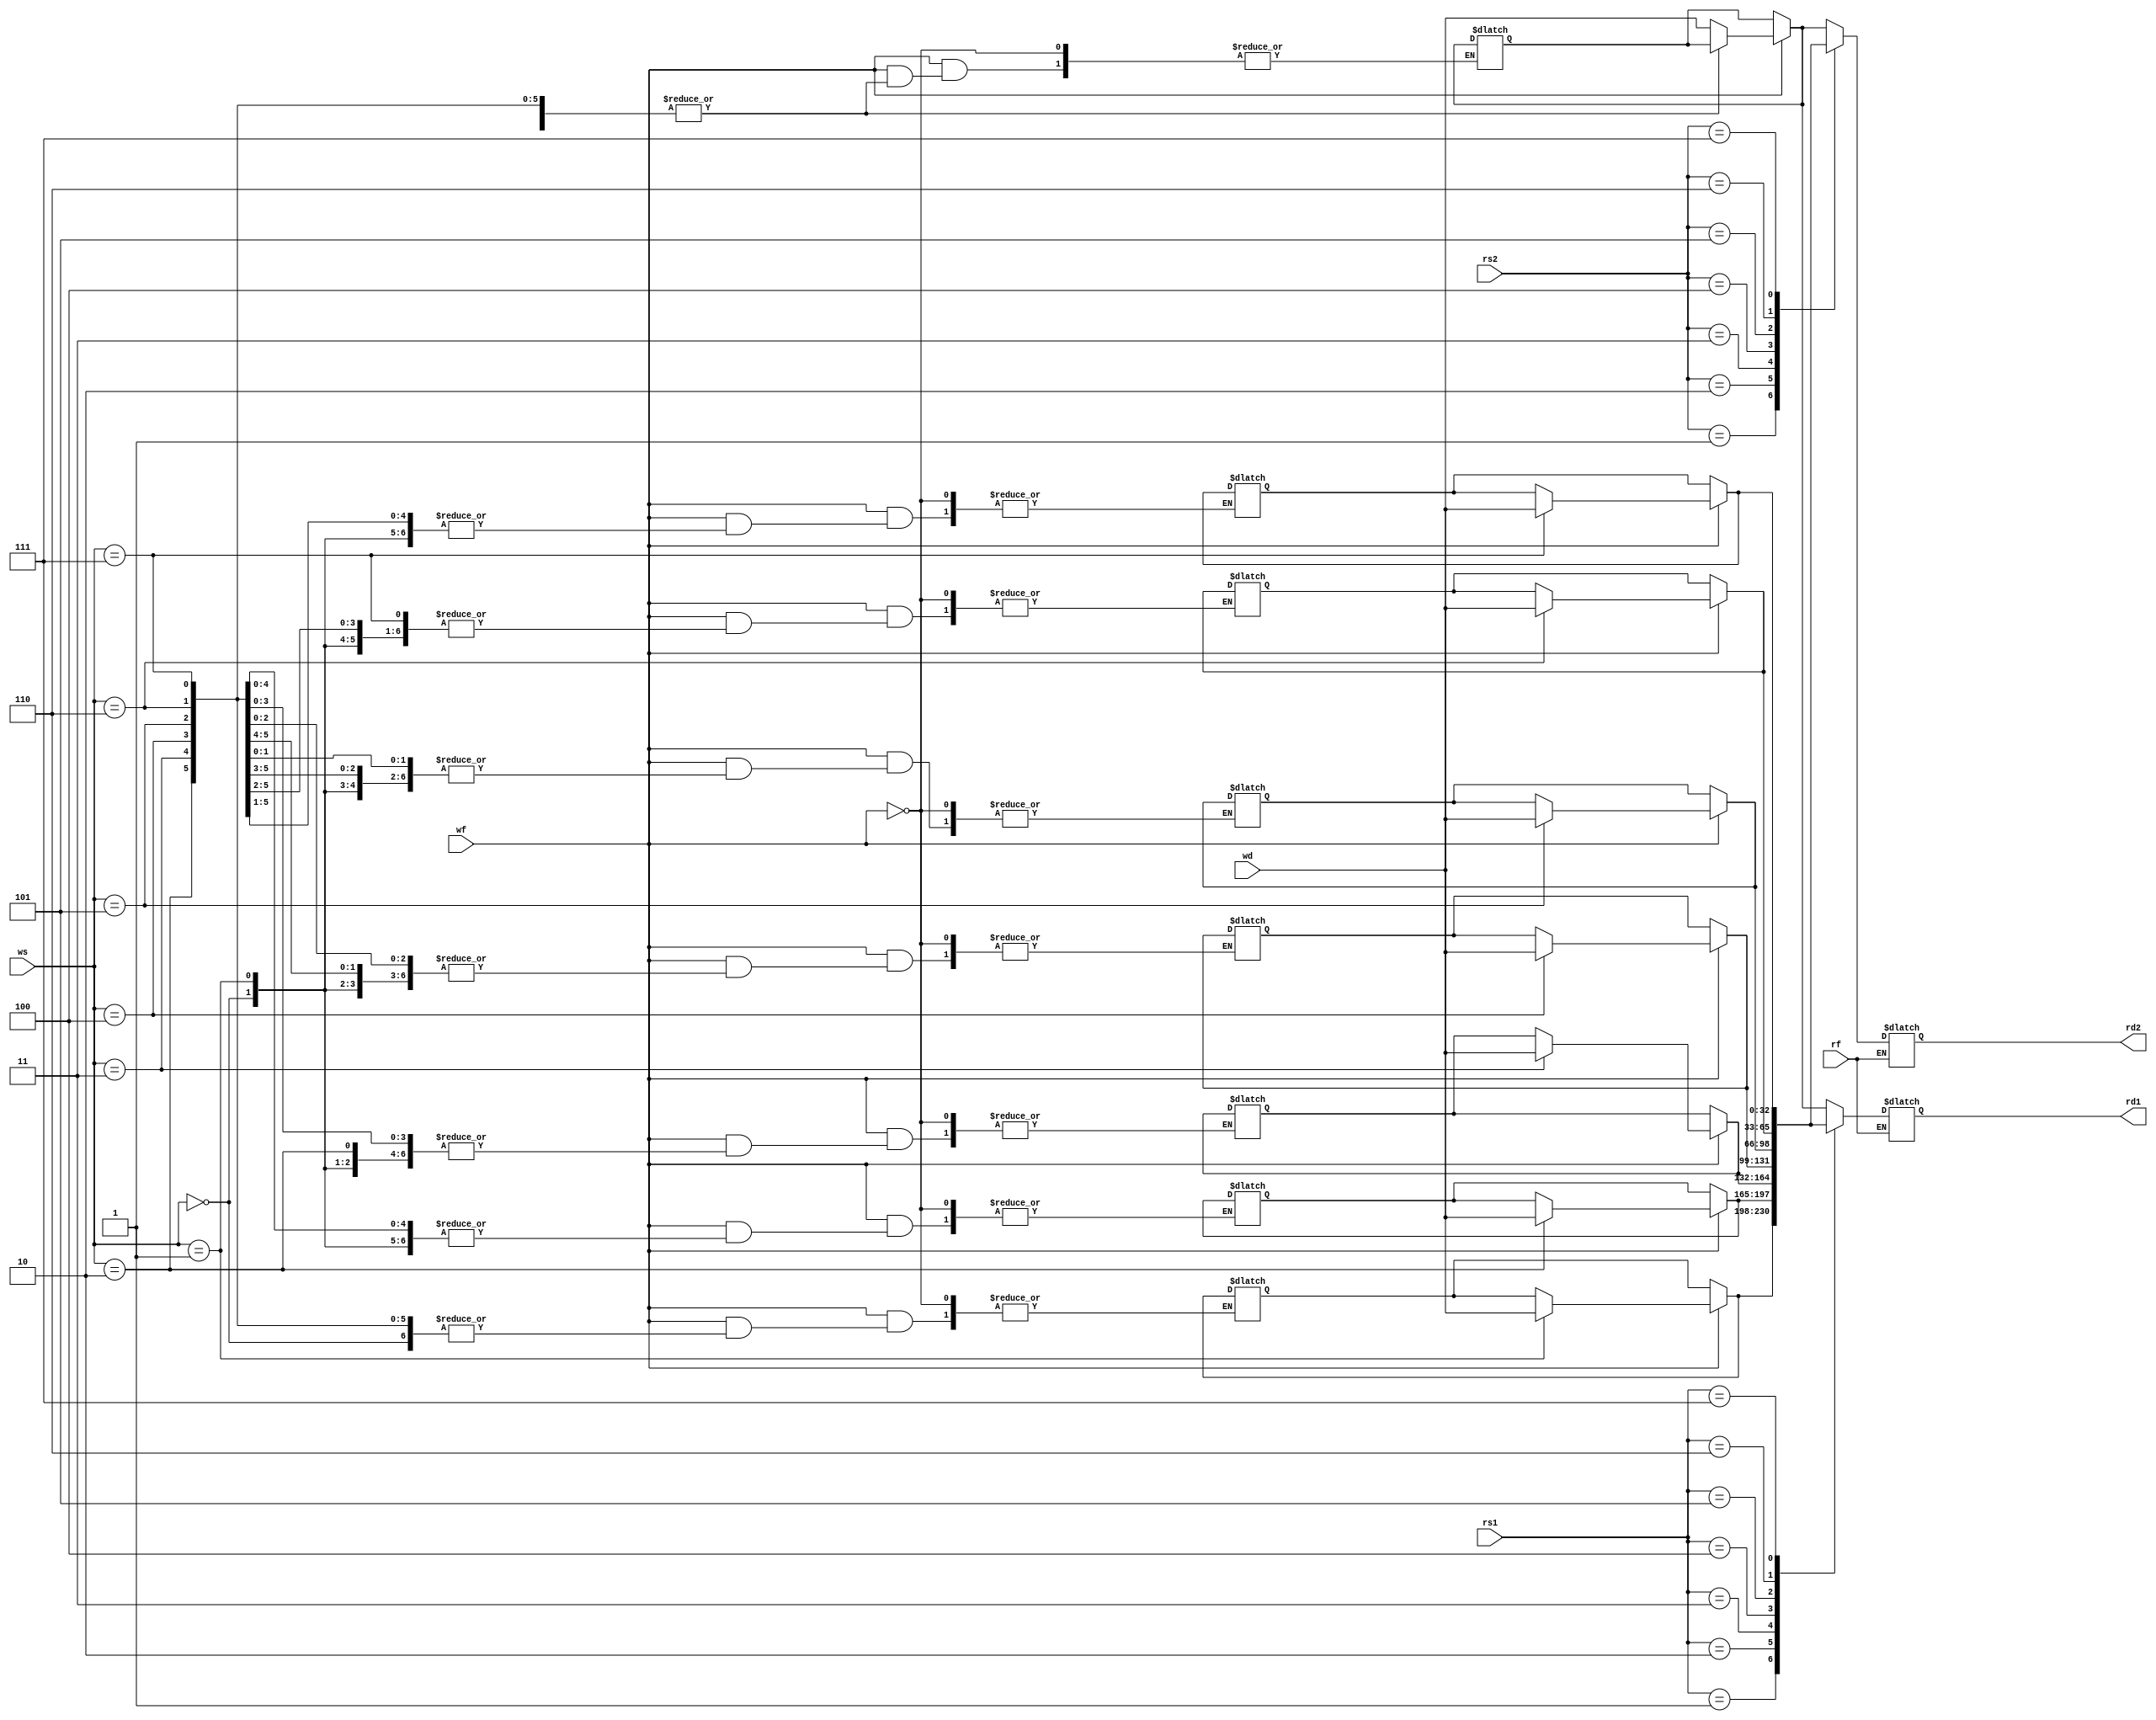
module registers(rs1, rs2, ws, wd, rf, wf, rd1, rd2);
input[2:0] rs1, rs2, ws;
input  rf, wf;
input [32:0] wd;
output [32:0] rd1, rd2;
reg [32:0] 	rd1, rd2;
reg [32:0] 	register[7:0];
integer 	i;
initial
   begin
	register[0] = 32'h00000000;
	register[1] = 32'h00000000;
	register[2] = 32'h00000000;
	register[3] = 32'h00000000;
	register[4] = 32'h00000000;
	register[5] = 32'h00000000;
	register[6] = 32'h00000000;
	register[7] = 32'h00000000;
   end // initial begin
always @ (*)
    begin
	if(wf == 1'b1)
	  begin
	     register[ws] = wd;
	     $display($time, " Writing into the register R%d=%d", ws, register[ws]);
	  end
	  if(rf == 1'b1)
	  begin
	     rd1 = register[rs1];
	     rd2 = register[rs2];
	     #1 $display($time, " Reading from the regs R%d=%d, R%d=%d",rs1,rd1,rs2,rd2);
	  end
	end // always @ (*)
endmodule // registers